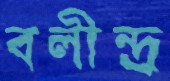
বলীন্দ্র্র